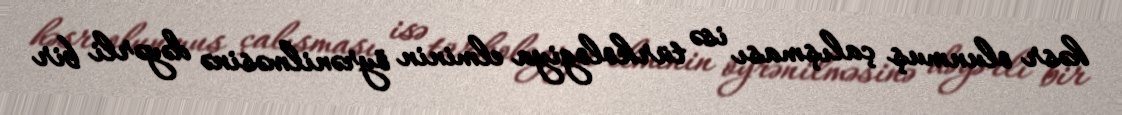
həsr olunmuş çalışması isə türkologiya elminin öyrənilməsinə dəyərli bir